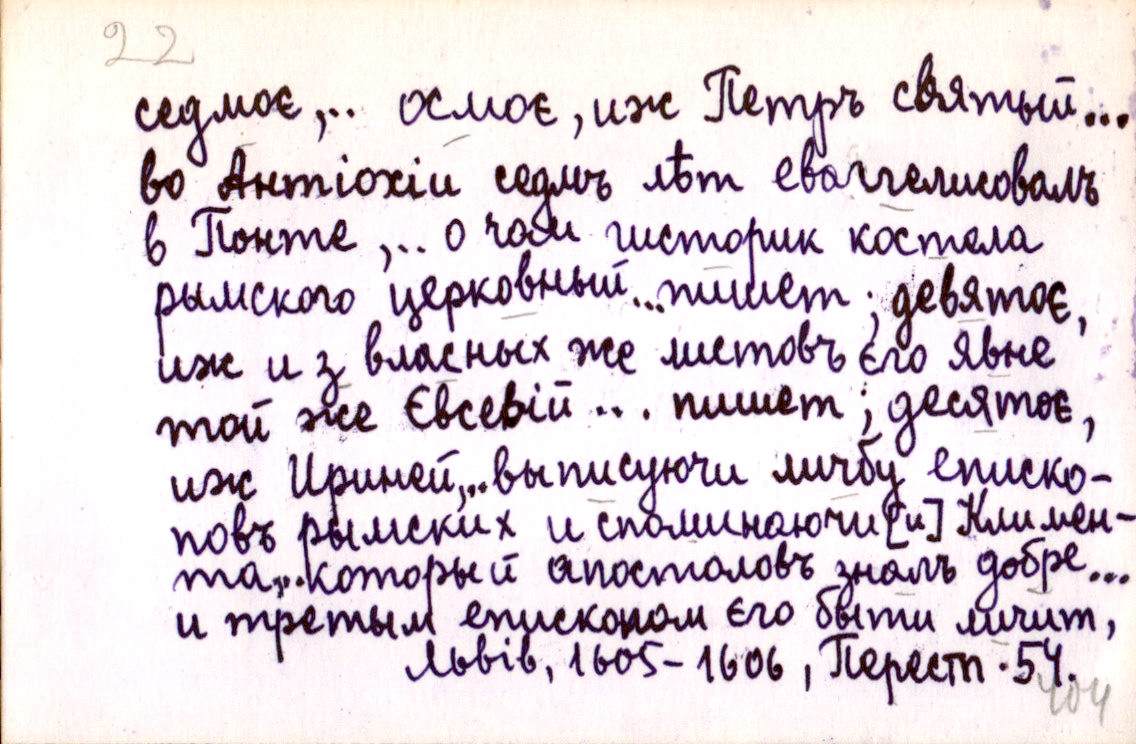
седмоє,.. осмоє, иж Петръ святый...
во Антіохіи седмъ лѣт еваггелисовалъ
в Понте,.. о чом гисторик костела
рымского церковный... пишет; девятоє,
иж и з власных же листовъ єго явне
той же Євсевій... пишет; десятоє,
иж Ириней,.. выписуючи личбу еписко-
повъ рымских и споминаючи [и] Климен-
та,. который апостоловъ зналъ добре...
и третым епископом єго быти личит,
Львів, 1605-1606, Перест. 54.